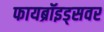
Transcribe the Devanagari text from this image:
फायब्रॉइड्‌सवर